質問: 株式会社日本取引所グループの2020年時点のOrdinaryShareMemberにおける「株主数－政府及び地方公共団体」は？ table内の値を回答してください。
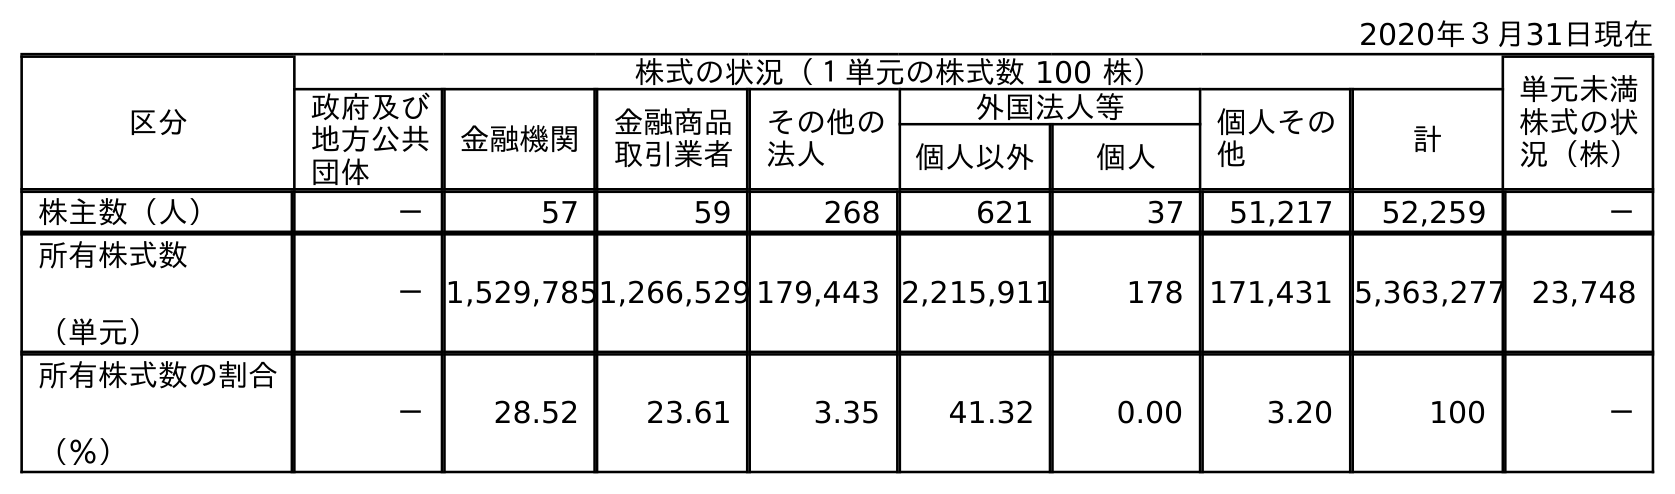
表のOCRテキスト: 2020年３月31日現在 区分 株式の状況（１単元の株式数 100 株） 単元未満 株式の状 況（株） 政府及び 地方公共 団体 金融機関 金融商品 取引業者 その他の 法人 外国法人等 個人その 他 計 個人以外 個人 株主数（人） － 57 59 268 621 37 51,217 52,259 － 所有株式数 （単元） －1,529,7851,266,529 179,443 2,215,911 178 171,431 5,363,277 23,748 所有株式数の割合 （％） － 28.52 23.61 3.35 41.32 0.00 3.20 100 －
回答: －